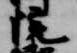
院